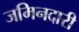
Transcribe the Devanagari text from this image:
जमिनदारी